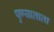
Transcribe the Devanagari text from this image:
पुण्यालाला